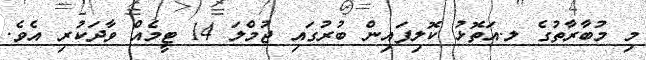
މި މުބާރާތުގެ ލ.އަތޮޅު ކޮލިފައިން ބުރުގައި ޖުމްލަ 14 ޓީމެއް ވާދަކުރި އެވެ.